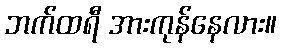
ဘက်ထရီ အားကုန်နေလား။